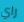
راي